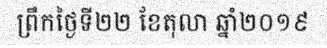
ព្រឹកថ្ងៃទី២២ ខែតុលា ឆ្នាំ២០១៩